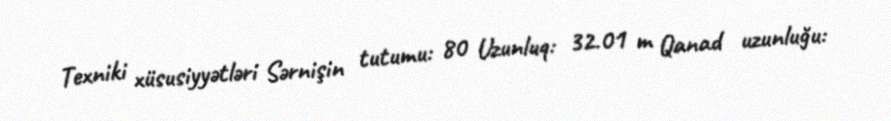
Texniki xüsusiyyətləri Sərnişin tutumu: 80 Uzunluq: 32.01 m Qanad uzunluğu: